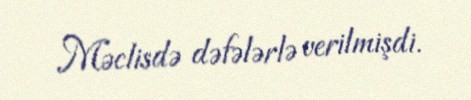
Məclisdə dəfələrlə verilmişdi.